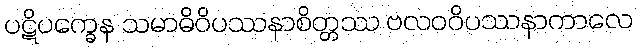
ပဋိပက္ခေန သမာဓိဝိပဿနာစိတ္တဿ ဗလဝဝိပဿနာကာလေ